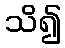
သိ၍